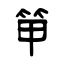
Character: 笚